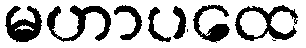
မဟာပထေ